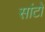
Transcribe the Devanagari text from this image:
सांटो